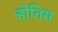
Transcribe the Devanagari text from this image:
होतिस